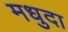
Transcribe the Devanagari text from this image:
मधुदा